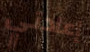
إعادتي